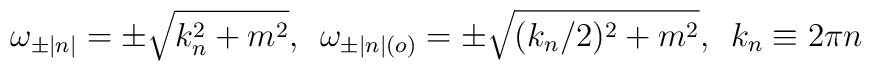
\omega_{\pm |n|}=\pm \sqrt{k_n^2 + m^2 },\,\,\,\omega_{\pm |n|(o)}=\pm \sqrt{(k_n/2)^2 + m^2 },\,\,\, k_n \equiv 2\pi n